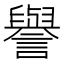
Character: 譽